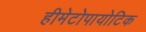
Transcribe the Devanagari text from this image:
हीमेटोपायोटिक